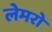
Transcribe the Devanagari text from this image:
लेमरो